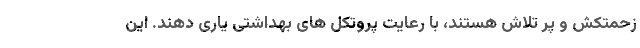
زحمتکش و پُر تلاش هستند، با رعایت پروتکل های بهداشتی یاری دهند. این